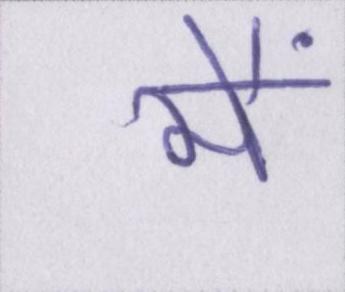
मैं